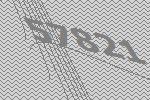
57821